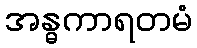
အန္ဓကာရတမံ